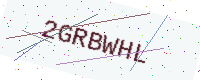
Text: 2GRBWHL